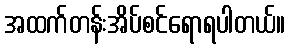
အထက်တန်းအိပ်စင်ရောရပါတယ်။